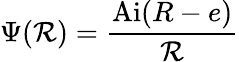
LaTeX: \Psi(\mathcal{R})={\frac{{\mathrm{{Ai}}(R-e)}}{{\mathcal{R}}}}